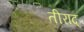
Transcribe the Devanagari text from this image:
तीराद्